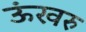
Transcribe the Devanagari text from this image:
ऊंखरु